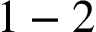
1 - 2